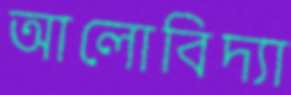
আলোবিদ্যা